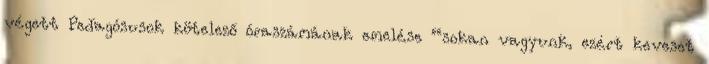
végett Pedagósusok kötelező óraszámának emelése “sokan vagyunk, ezért keveset